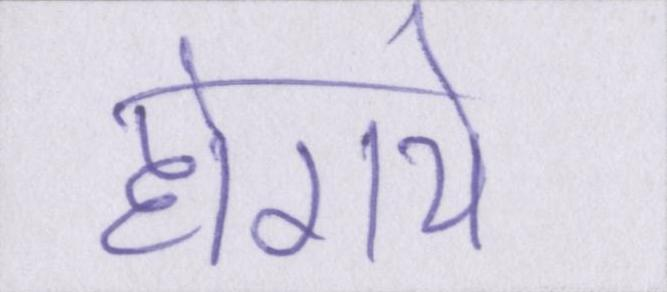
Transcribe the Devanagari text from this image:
होगये